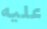
عليه